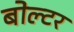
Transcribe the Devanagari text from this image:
बोल्टर